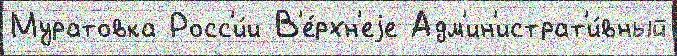
Муратовка Росс'и́и В'е́рхн'еjе Адм'ин'истрат'и́вный